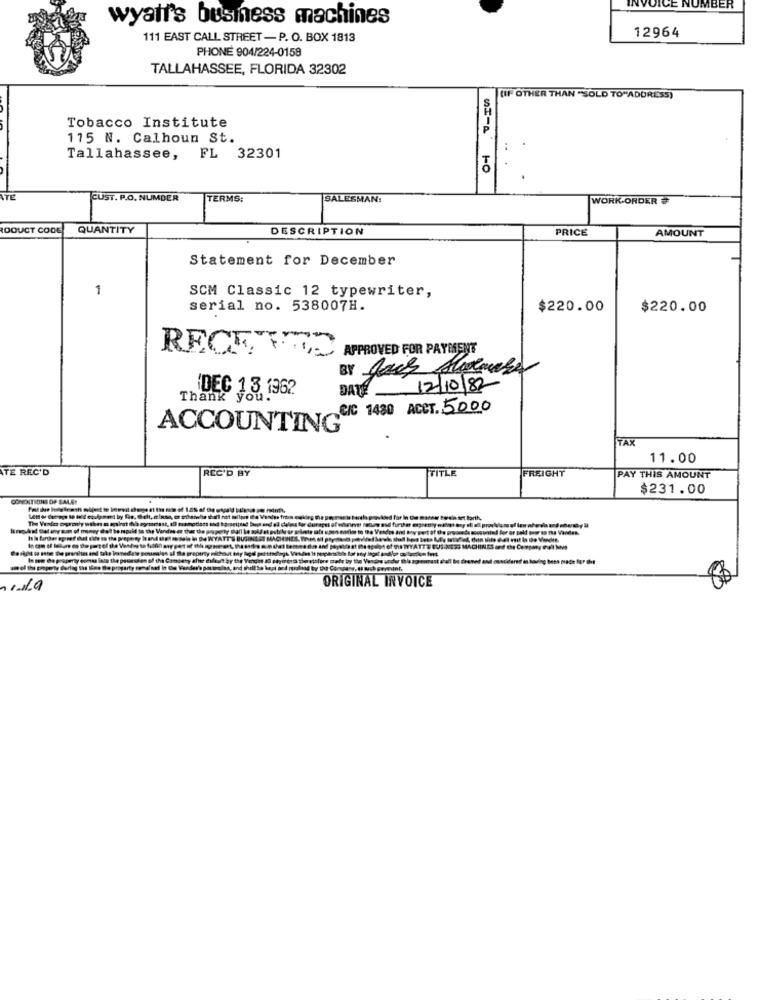
DICE NUMBER
wyair's business machines
12964
111 EAST CALL STREET - P. O. BOX 1813
PHONE 904/224-0158
TALLAHASSEE, FLORIDA 32302
(IF OTHER THAN "SOLD TO"ADDRESS)
Tobacco Institute
P
115 N. Calhoun St.
Tallahassee, FL 32301
ATE
CUST. P.O. NUMBER
TERMS:
SALESMAN:
WORK ORDER #
OOUCT CODE
QUANTITY
DESCRIPTION
PRICE
AMOUNT
Statement for December
1
SCM Classic 12 typewriter,
serial no. 538007H.
$220.00
$220.00
RECETAS APPROVED FOR PAYMENT
DATE 12/10/82
DEC 13, 1962
C/C 1430 ACCT. 5000
ACCOUNTING
TAX
11.00
TE REC'D
REC'D BY
TITLE
FREIGHT
PAY THIS AMOUNT
$231.00
CONDITIONS OF SALE!
ein set forth,
THE CUS
ORIGINAL INVOICE